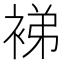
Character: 𬡜